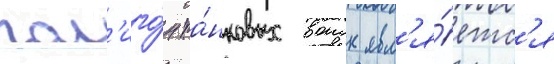
пол'иго́н та́нковых воиск явл'я́етс'я